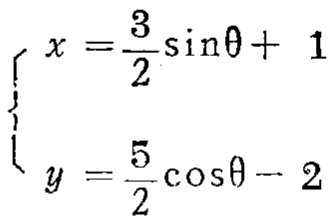
\(\begin{cases}
x = \frac{3}{2}\sin\theta + 1 \\
y = \frac{5}{2}\cos\theta - 2
\end{cases}\)